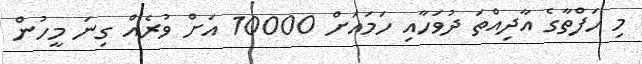
މި ހަފްތާގެ އާދިއްތަ ދުވަހާއި ހަމައަށް 10000 އަށް ވުރެއް ގިނަ މީހުން